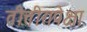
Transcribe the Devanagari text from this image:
तीत्तीरापेक्षा